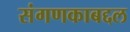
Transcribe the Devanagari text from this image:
संगणकाबद्दल